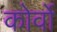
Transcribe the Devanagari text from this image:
कोर्वो